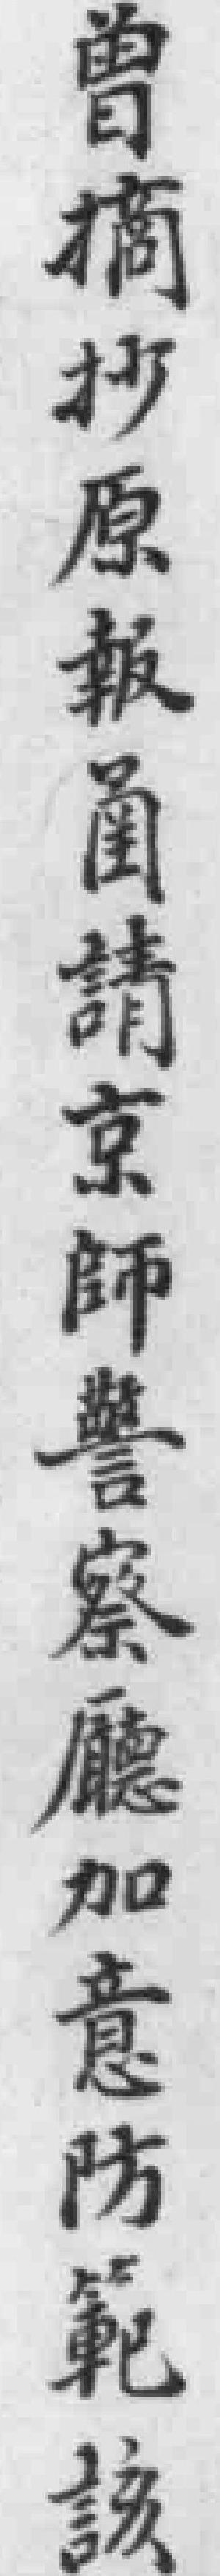
曾摘抄原報圅请京師警察廰加意防範該